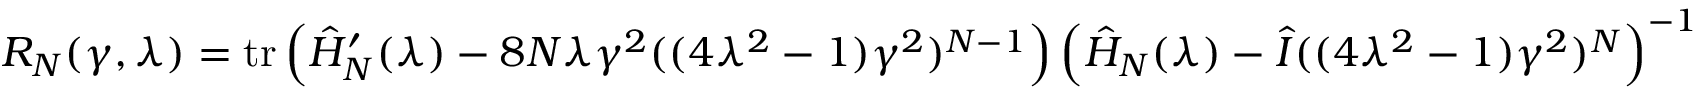
\begin{array} { r } { R _ { N } ( \gamma , \lambda ) = \mathrm { t r } \, { \left( \hat { H } _ { N } ^ { \prime } ( \lambda ) - 8 N \lambda \gamma ^ { 2 } ( ( 4 \lambda ^ { 2 } - 1 ) \gamma ^ { 2 } ) ^ { N - 1 } \right) \left( \hat { H } _ { N } ( \lambda ) - \hat { I } ( ( 4 \lambda ^ { 2 } - 1 ) \gamma ^ { 2 } ) ^ { N } \right) ^ { - 1 } } } \end{array}